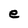
Character: e